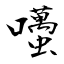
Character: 囆